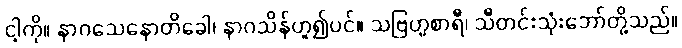
ငါ့ကို။ နာဂသေနောတိခေါ၊ နာဂသိန်ဟူ၍ပင်။ သဗြဟ္မစာရီ၊ သီတင်းသုံးဘော်တို့သည်။